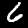
Label: 6